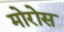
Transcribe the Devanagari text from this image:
मोरोस